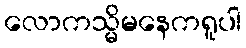
လောကသ္မိမနေကရူပါ